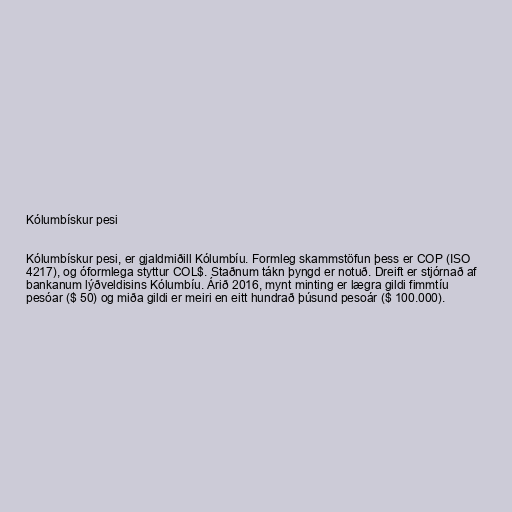
Kólumbískur pesi

Kólumbískur pesi, er gjaldmiðill Kólumbíu. Formleg skammstöfun þess er COP (ISO
4217), og óformlega styttur COL$. Staðnum tákn þyngd er notuð. Dreift er stjórnað af
bankanum lýðveldisins Kólumbíu. Árið 2016, mynt minting er lægra gildi fimmtíu
pesóar ($ 50) og miða gildi er meiri en eitt hundrað þúsund pesoár ($ 100.000).